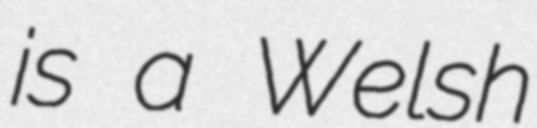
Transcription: is a Welsh